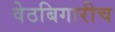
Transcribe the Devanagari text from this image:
वेठबिगारीच